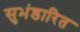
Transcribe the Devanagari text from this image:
सुभंडारित